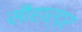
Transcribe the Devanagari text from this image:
सौहार्द्र